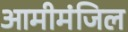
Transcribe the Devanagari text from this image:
आमीमंजिल